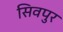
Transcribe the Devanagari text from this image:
सिवपुर